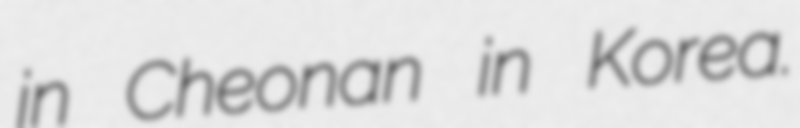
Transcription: in Cheonan in Korea.